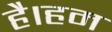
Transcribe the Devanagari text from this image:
है।हम